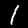
Digit: 1